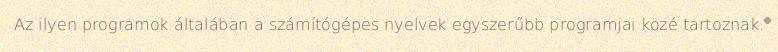
Az ilyen programok általában a számítógépes nyelvek egyszerűbb programjai közé tartoznak.